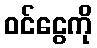
ဝင်ငွေကို